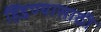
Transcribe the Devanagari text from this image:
हिंडण्यासाठी